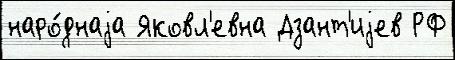
наро́днаjа Яковл'евна Дзант'иjев РФ